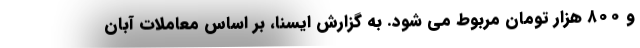
و ۸۰۰ هزار تومان مربوط می شود. به گزارش ایسنا، بر اساس معاملات آبان